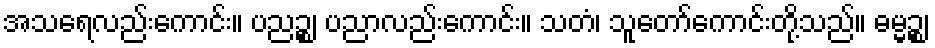
အသရေလည်းကောင်း။ ပညဉ္စ၊ ပညာလည်းကောင်း။ သတံ၊ သူတော်ကောင်းတို့သည်။ ဓမ္မဉ္စ၊